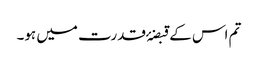
تم اس کے قبضۂ قدرت میں ہو۔